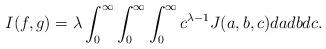
LaTeX: \begin{align*}I(f,g) = \lambda \int_0^\infty\int_0^\infty\int_0^\infty c^{\lambda-1} J(a,b,c) da db dc.\end{align*}